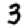
Digit: 3